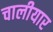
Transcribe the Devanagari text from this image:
चालीयार